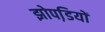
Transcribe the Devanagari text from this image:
झोपडि़यों